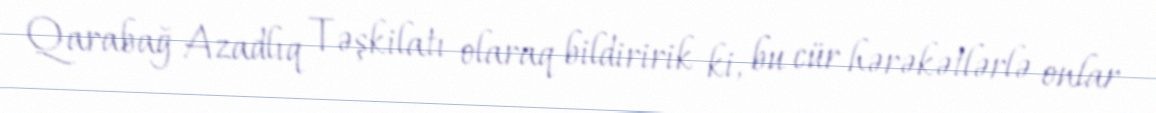
Qarabağ Azadlıq Təşkilatı olaraq bildiririk ki, bu cür hərəkətlərlə onlar